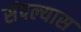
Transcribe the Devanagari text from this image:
संपल्यास